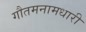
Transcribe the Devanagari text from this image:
गौतमनामधारी